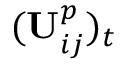
( \mathbf { U } _ { i j } ^ { p } ) _ { t }